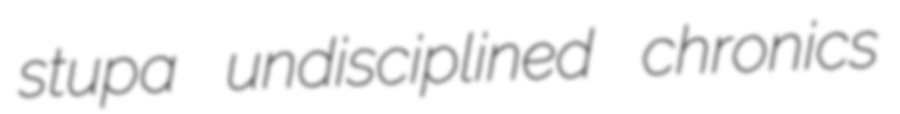
stupa undisciplined chronics